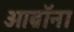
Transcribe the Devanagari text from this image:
ओब्रॉना